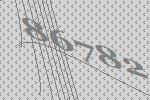
86782